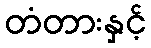
တံတားနှင့်